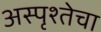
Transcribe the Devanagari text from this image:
अस्पृश्तेचा